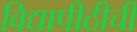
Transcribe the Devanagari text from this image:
विद्यापीठीची